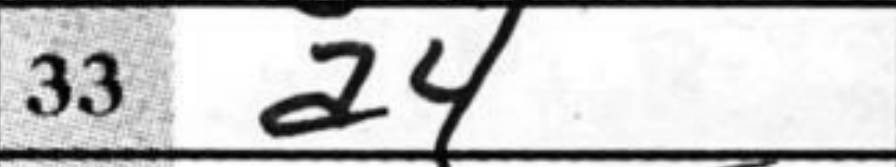
Transcription: a4